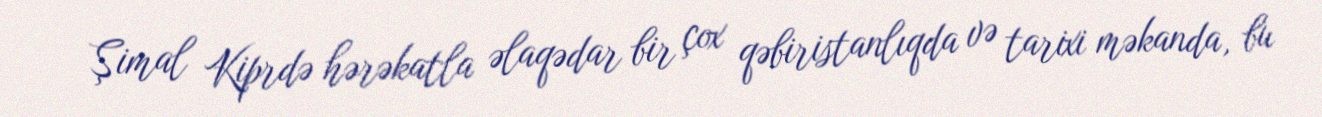
Şimal Kiprdə hərəkatla əlaqədar bir çox qəbiristanlıqda və tarixi məkanda, bu